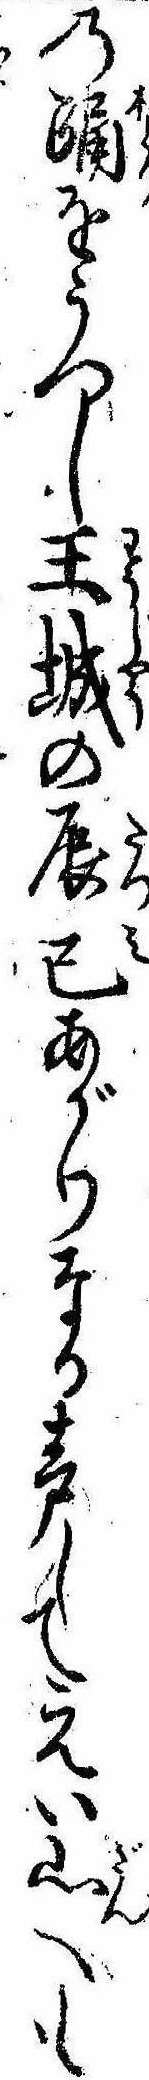
の踊をうつし王城の辰巳あがりなる声してえい山へも